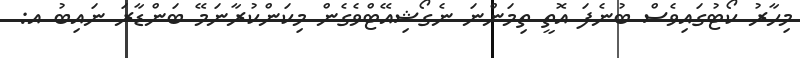
މިހާރު ކޯޓުގައިވެސް ބުނެފަ އޮތީ ތިމަންނަ ނެގޯޝިއޭޓްވެގެން މިކަންކުރާނަމޭ ބަންޑާރަ ނައިބު އ: